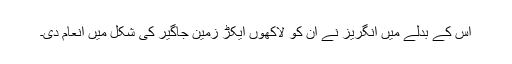
اس کے بدلے میں انگریز نے ان کو لاکھوں ایکڑ زمین جاگیر کی شکل میں انعام دی۔